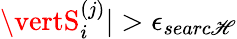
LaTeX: \vertS_{i}^{(j)}\vert>\epsilon_{searc\mathscr{H}}